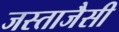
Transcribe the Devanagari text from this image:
जस्ताजैसी